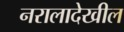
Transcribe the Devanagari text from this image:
नरालादेखील